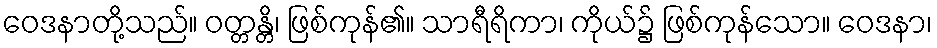
ဝေဒနာတို့သည်။ ဝတ္တန္တိ၊ ဖြစ်ကုန်၏။ သာရီရိကာ၊ ကိုယ်၌ ဖြစ်ကုန်သော။ ဝေဒနာ၊